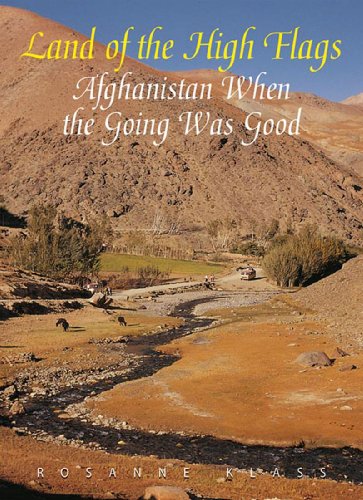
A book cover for Land of the High Flags: Afghanistan When the Going Was Good; Rosanne Klass; Travel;